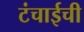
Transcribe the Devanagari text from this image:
टंचाईची